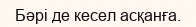
Бәрі де кесел асқанға.